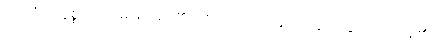
ယဒိဒံ အနိစ္စတာ - မမြဲသည်၏ ဖြစ်ကြောင်း အကြင်သေခြင်းသည် ရှိ၏၊